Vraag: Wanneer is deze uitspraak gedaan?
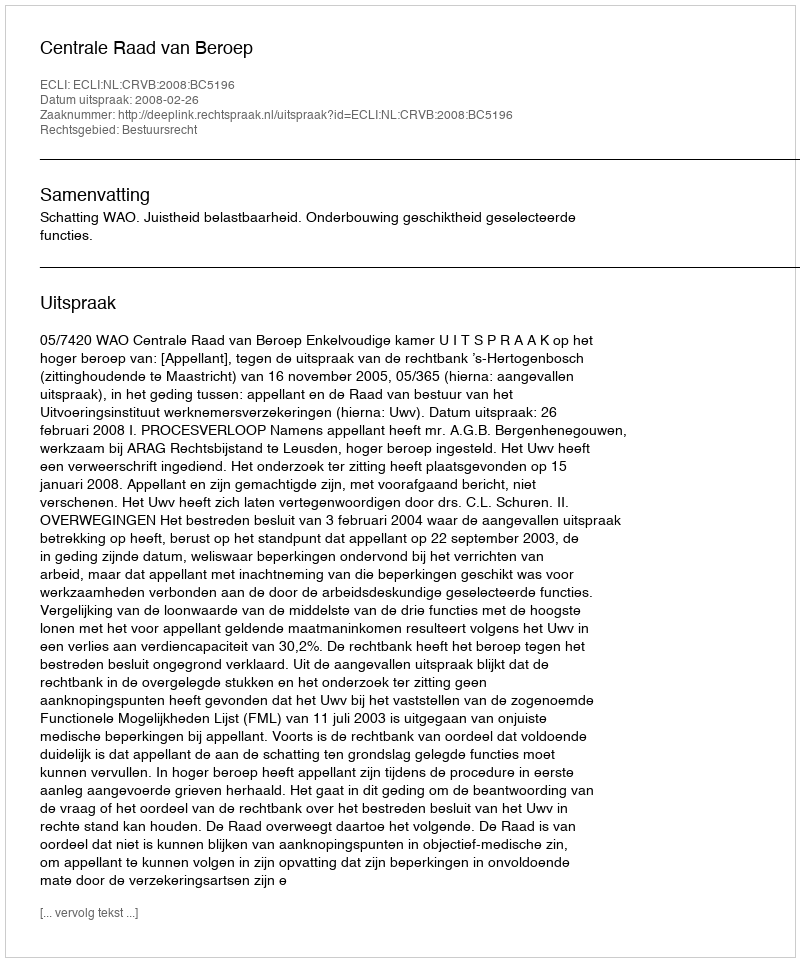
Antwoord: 2008-02-26